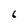
Character: 6